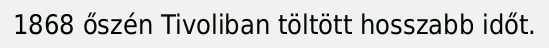
1868 őszén Tivoliban töltött hosszabb időt.